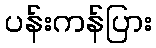
ပန်းကန်ပြား